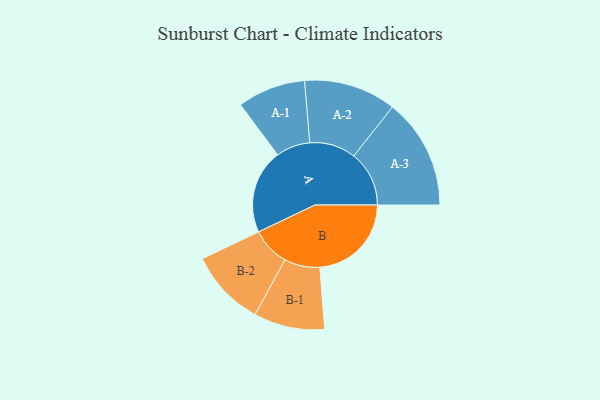
{"axis": {"x": "Segment", "y": "Value"}, "legend": ["", "A", "B"], "data": [{"x": "A", "y": 433, "type": ""}, {"x": "B", "y": 470, "type": ""}, {"x": "A-1", "y": 175, "type": "A"}, {"x": "A-2", "y": 237, "type": "A"}, {"x": "A-3", "y": 284, "type": "A"}, {"x": "B-1", "y": 182, "type": "B"}, {"x": "B-2", "y": 197, "type": "B"}]}